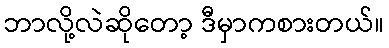
ဘာလို့လဲဆိုတော့ ဒီမှာကစားတယ်။